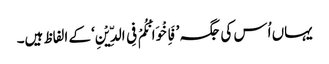
یہاں اُس کی جگہ ’فَاِخْوَانُکُمْ فِی الدِّیْنِ‘ کے الفاظ ہیں۔